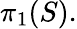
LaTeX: \pi_{1}(S).